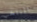
المنتخب